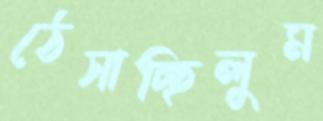
ঠেসাচ্ছিলুম